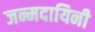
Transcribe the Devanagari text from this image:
जन्मदायिनी